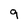
Character: 9